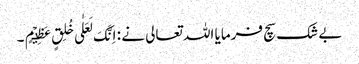
بے شک سچ فرمایا اللہ تعالی نے : اِنَّکَ لَعَلٰی خُلِقٍ عَظِیۡمٍ ۔